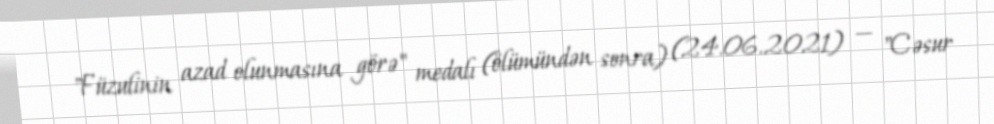
"Füzulinin azad olunmasına görə" medalı (ölümündən sonra) (24.06.2021) — "Cəsur